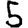
Digit: 5